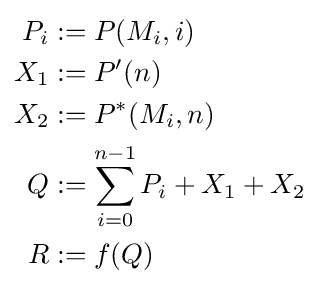
{\begin{aligned}P_{i}&{}:=P(M_{i},i)\\X_{1}&{}:=P'(n)\\X_{2}&{}:=P^{*}(M_{i},n)\\Q&{}:=\sum _{i=0}^{n-1}P_{i}+X_{1}+X_{2}\\R&{}:=f(Q)\end{aligned}}